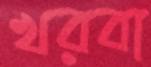
খরবা